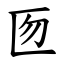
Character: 匢